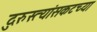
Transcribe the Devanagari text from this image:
दुरुस्त्यांसकटच्या